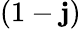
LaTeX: (1-\mathbf{j})